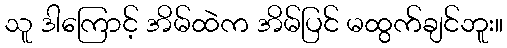
သူ ဒါကြောင့် အိမ်ထဲက အိမ်ပြင် မထွက်ချင်ဘူး။